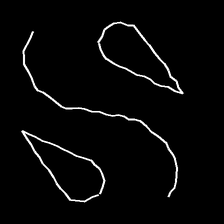
Glyph: water